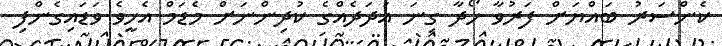
ކެންސަރު ބައްޔަށް ފަރުވާ ހޯދާ ގިނަ އަދަދެއްގެ ކުދިންނަށް މެޑަމް އެހީވެ ވަޑައިގެންފި